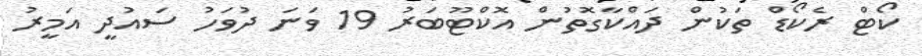
ކޯޓް ރެކޯޑް ތަކުން ދައްކާގޮތުން އޮކްޓޫބަރު 19 ވަނަ ދުވަހު ސައުދީ އަމީރު